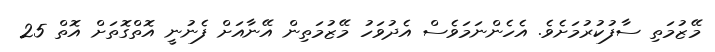
މޭޒުމަތި ސާފުކުރުމަށެވެ. އެހެންނަމަވެސް އެދުވަހު މޭޒުމަތިން އޭނާއަށް ފެނުނީ އޮތްގޮތަށް އޮތް 25